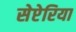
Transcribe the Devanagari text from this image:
सेप्टेरिया